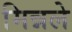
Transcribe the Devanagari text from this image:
मिन्नले